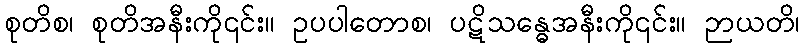
စုတိစ၊ စုတိအနီးကို၎င်း။ ဥပပါတောစ၊ ပဋိသန္ဓေအနီးကို၎င်း။ ဉာယတိ၊